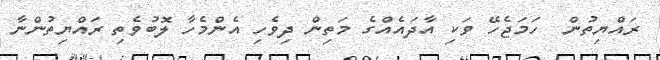
ރައްޔިތުން  ހަމަޖެހޭ ވަކި އާދައެއްގެ މަތިން ދިވެހި އެންމެހާ ލޮބުވެތި ރައްޔިތުންނާ